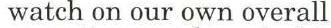
 watch on our own overall